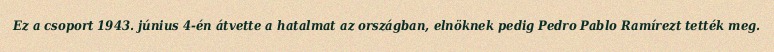
Ez a csoport 1943. június 4-én átvette a hatalmat az országban, elnöknek pedig Pedro Pablo Ramírezt tették meg.